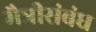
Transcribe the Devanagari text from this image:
मैत्रीसंबंध